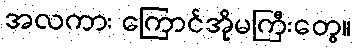
အလကား ကြောင်အိုမကြီးတွေ။